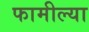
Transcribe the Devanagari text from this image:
फामील्या